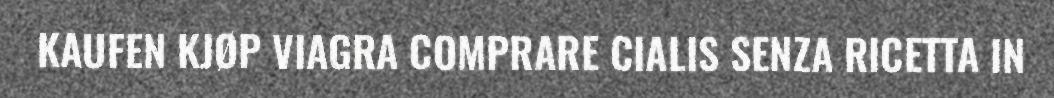
KAUFEN KJØP VIAGRA COMPRARE CIALIS SENZA RICETTA IN